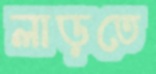
লাড়তে